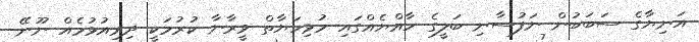
އަނިޔާގެ ސަބަބުން ނަފުސާނި ބަލީގެ ހާއްޔެއްގައި މުޅިހަޔާތް ވީރާނާ ކުރުމަކީ ދިރިއުޅުމެއް ނޫނޭ